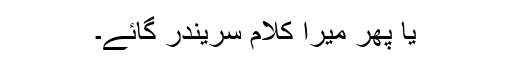
یا پھر میرا کلام سریندر گائے۔